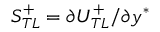
S _ { T L } ^ { + } = \partial U _ { T L } ^ { + } / \partial y ^ { * }